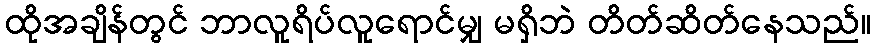
ထိုအချိန်တွင် ဘာလူရိပ်လူရောင်မျှ မရှိဘဲ တိတ်ဆိတ်နေသည်။